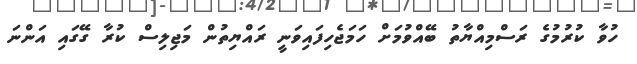
ހުވާ ކުރުމުގެ ރަސްމިއްޔާތު ބޭއްވުމަށް ހަމަޖެހިފައިވަނީ ރައްޔިތުން މަޖިލިސް ކުރާ ގޭގައި އަންނަ